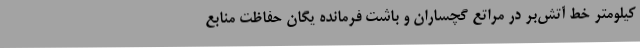
کیلومتر خط آتش‌بُر در مراتع گچساران و باشت فرمانده یگان حفاظت منابع